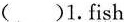
( )1.fish